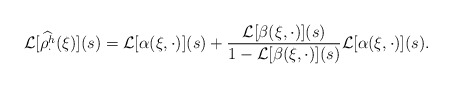
\begin{align*}\mathcal{L}[\widehat{\rho^h_{\cdot}}(\xi)](s) = \mathcal{L}[\alpha(\xi,\cdot)](s) + \frac{\mathcal{L}[\beta(\xi,\cdot)](s)}{1-\mathcal{L}[\beta(\xi,\cdot)](s)}\mathcal{L}[\alpha(\xi,\cdot)](s).\end{align*}